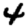
Digit: 4